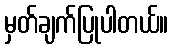
မှတ်ချက်ပြုပါတယ်။